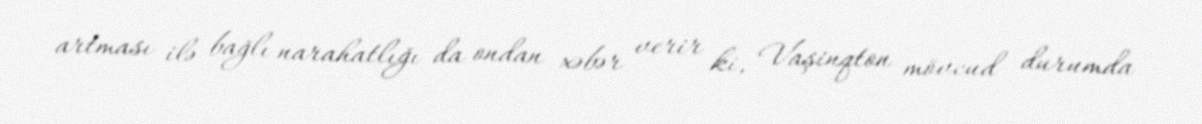
artması ilə bağlı narahatlığı da ondan xəbər verir ki, Vaşinqton mövcud durumda